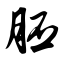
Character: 胚